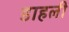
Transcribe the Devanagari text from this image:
डाहली